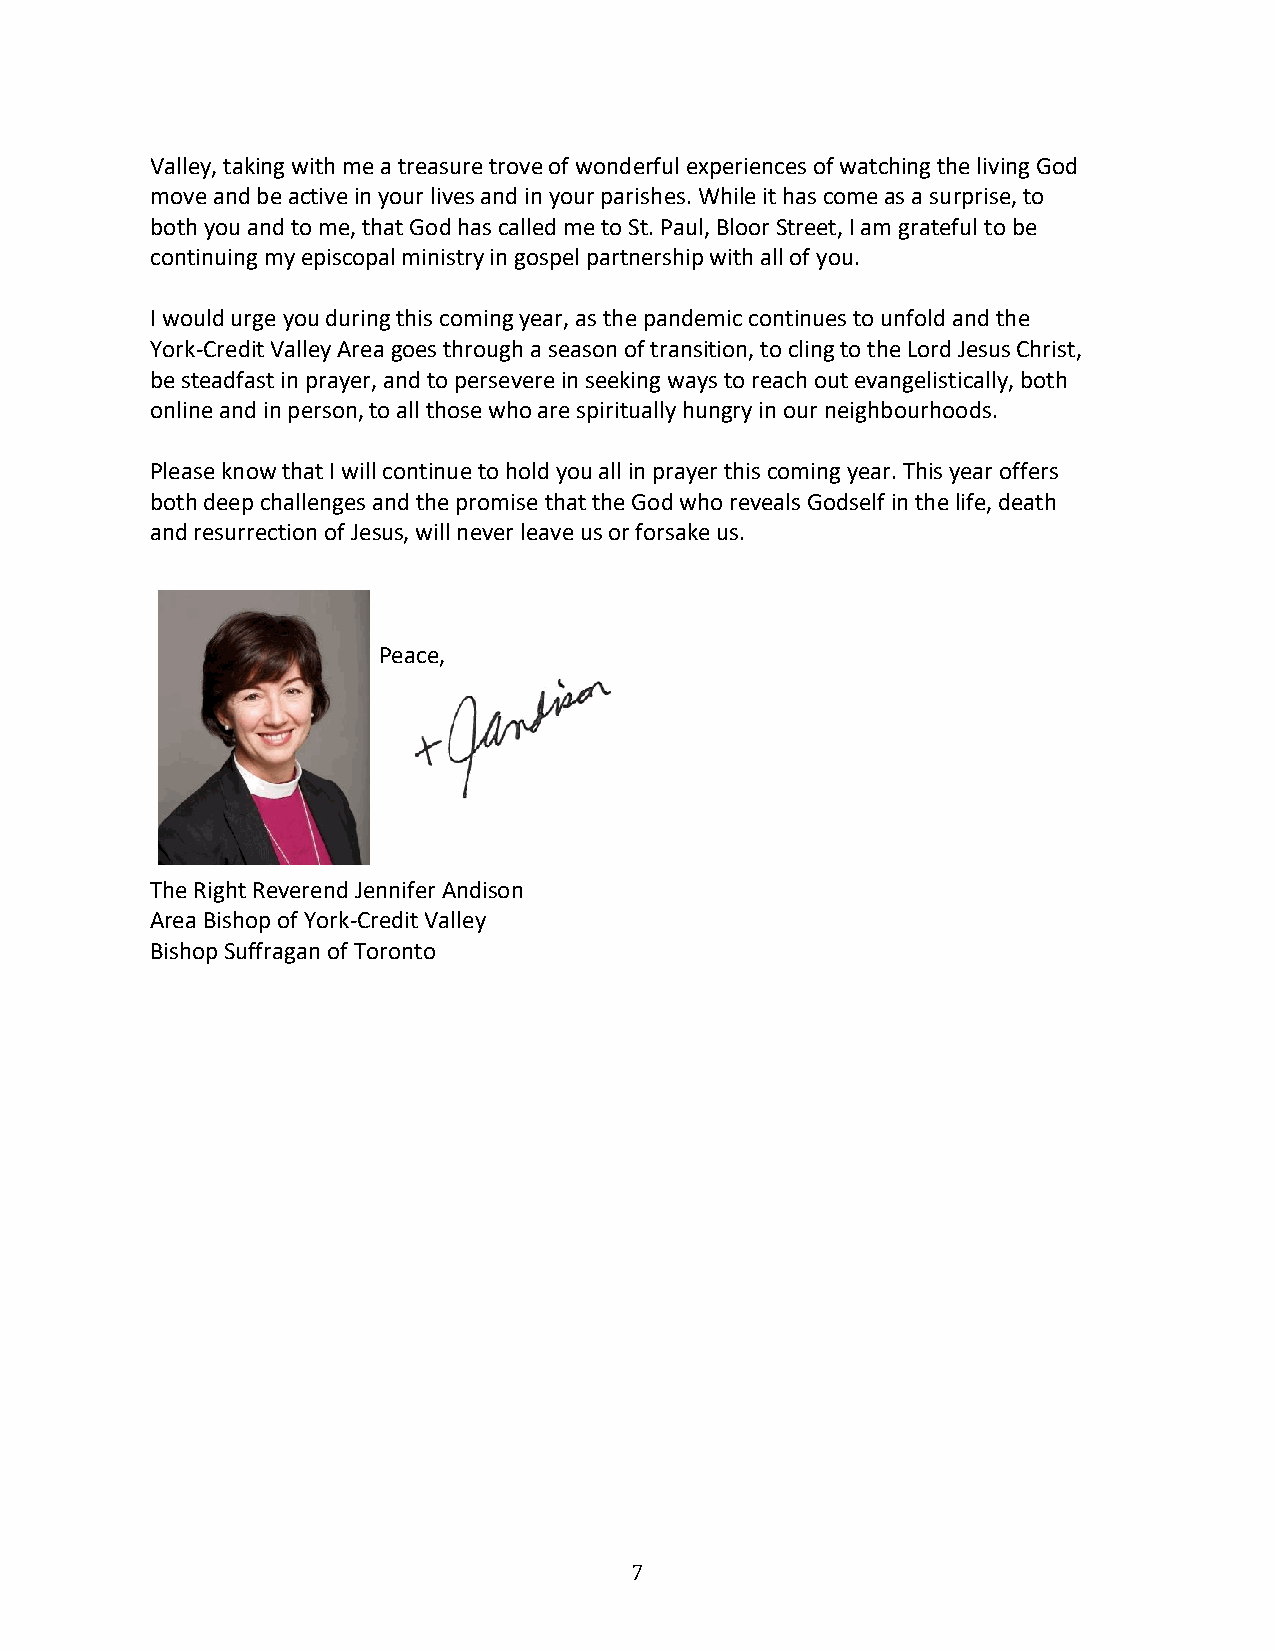
Valley, taking with me a treasure trove of wonderful experiences of watching the living God
 move and be active in your lives and in your parishes. While it has come as a surprise, to
 both you and to me, that God has called me to St. Paul, Bloor Street, I am grateful to be
 continuing my episcopal ministry in gospel partnership with all of you.
 I would urge you during this coming year, as the pandemic continues to unfold and the
 York-Credit Valley Area goes through a season of transition, to cling to the Lord Jesus Christ,
 be steadfast in prayer, and to persevere in seeking ways to reach out evangelistically, both
 online and in person, to all those who are spiritually hungry in our neighbourhoods.
 Please know that I will continue to hold you all in prayer this coming year. This year offers
 both deep challenges and the promise that the God who reveals Godself in the life, death
 and resurrection of Jesus, will never leave us or forsake us.
 Peace,
 The Right Reverend Jennifer Andison
 Area Bishop of York-Credit Valley
 Bishop Suffragan of Toronto
 7